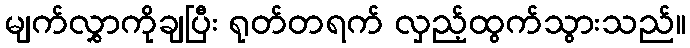
မျက်လွှာကိုချပြီး ရုတ်တရက် လှည့်ထွက်သွားသည်။